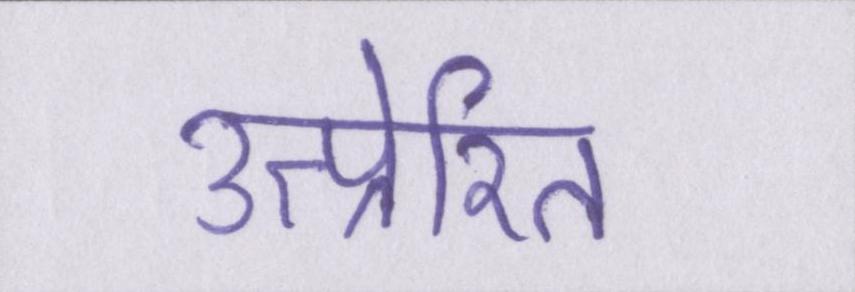
उत्प्रेरित